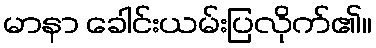
မာနာ ခေါင်းယမ်းပြလိုက်၏။